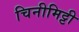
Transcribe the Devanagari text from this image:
चिनीमिट्टी